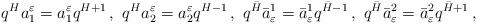
LaTeX: \begin{align*}q^Ha^{\varepsilon}_1=a^{\varepsilon}_1q^{H+1}\,,\,\,q^Ha^{\varepsilon}_2=a^{\varepsilon}_2q^{H-1}\,,\,\,q^{\bar H}{\bar a}_{\varepsilon}^1={\bar a}_{\varepsilon}^1q^{{\bar H}-1}\,,\,\,q^{\bar H}{\bar a}_{\varepsilon}^2={\bar a}_{\varepsilon}^2q^{{\bar H}+1}\,,\end{align*}